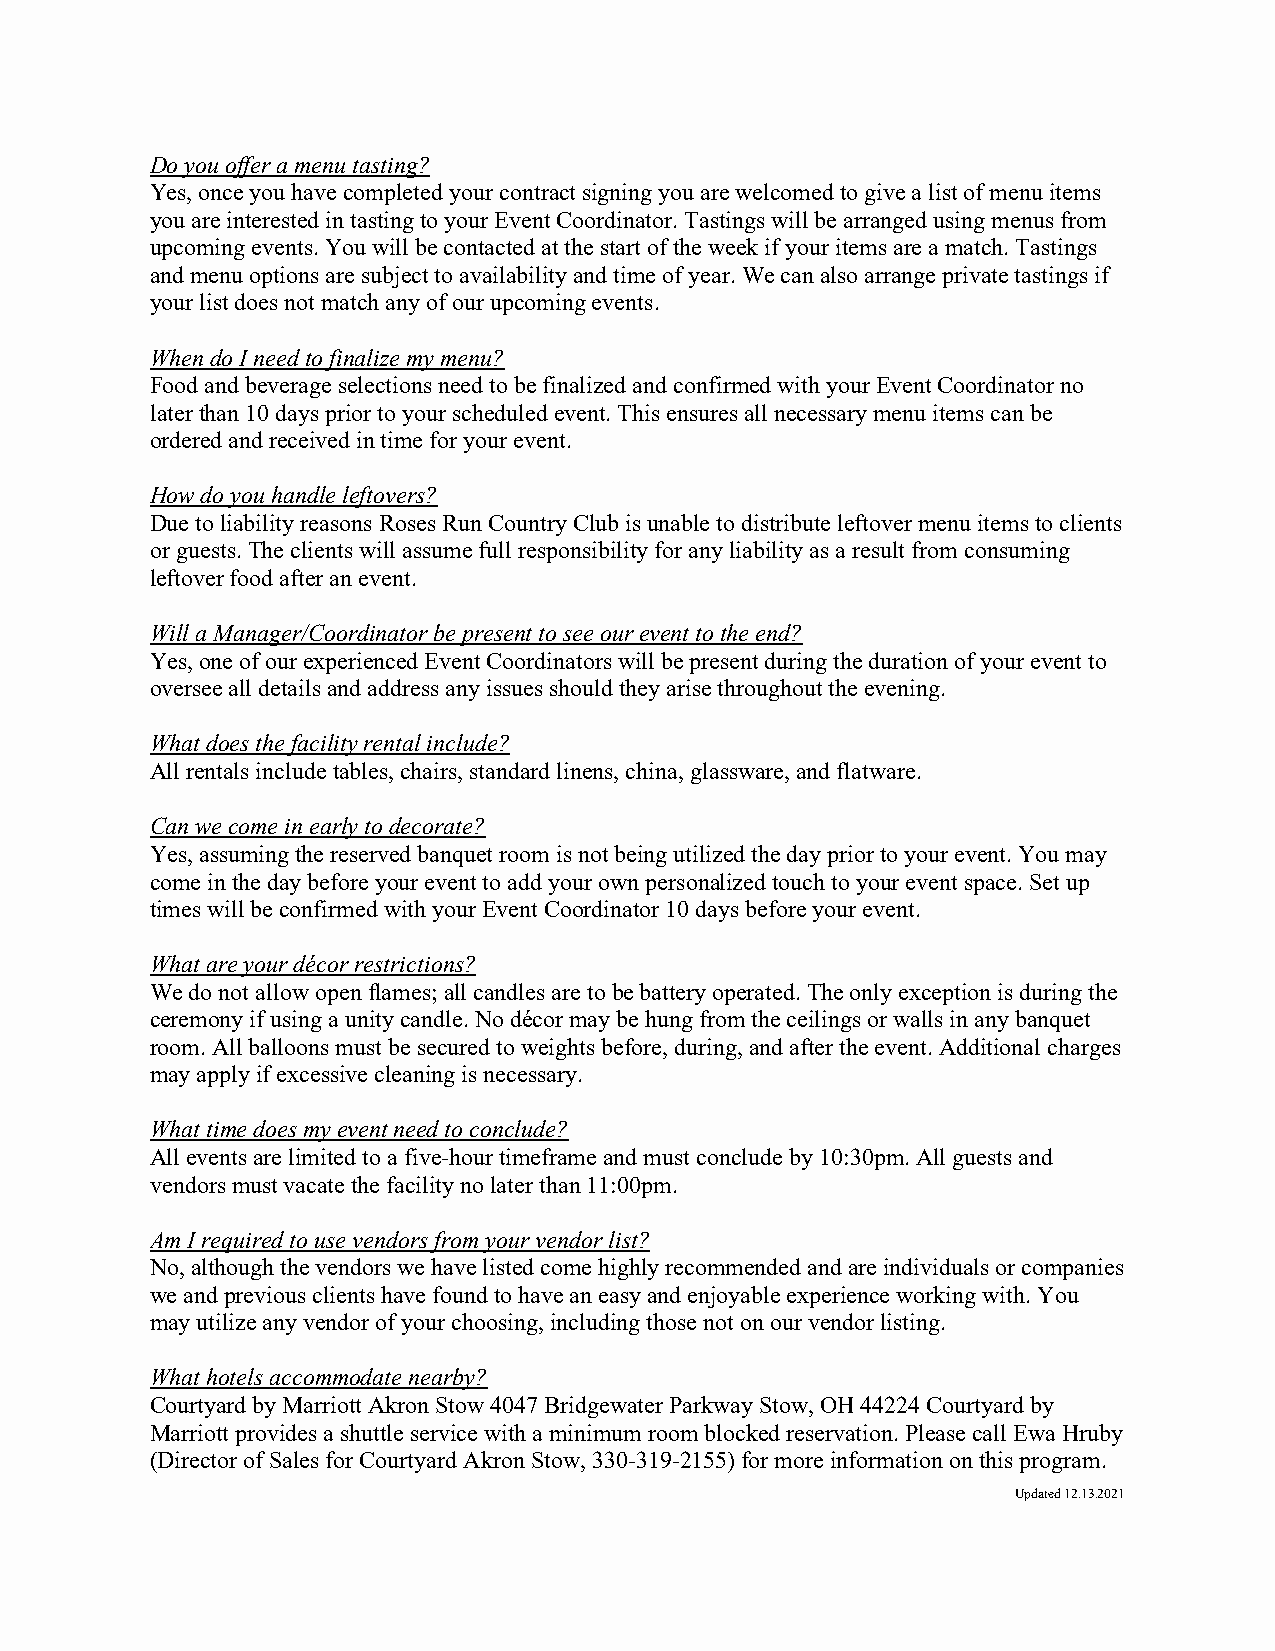
Do you offer a menu tasting?
 Yes, once you have completed your contract signing you are welcomed to give a list of menu items
 you are interested in tasting to your Event Coordinator. Tastings will be arranged using menus from
 upcoming events. You will be contacted at the start of the week if your items are a match. Tastings
 and menu options are subject to availability and time of year. We can also arrange private tastings if
 your list does not match any of our upcoming events.
 When do I need to finalize my menu?
 Food and beverage selections need to be finalized and confirmed with your Event Coordinator no
 later than 10 days prior to your scheduled event. This ensures all necessary menu items can be
 ordered and received in time for your event.
 How do you handle leftovers?
 Due to liability reasons Roses Run Country Club is unable to distribute leftover menu items to clients
 or guests. The clients will assume full responsibility for any liability as a result from consuming
 leftover food after an event.
 Will a Manager/Coordinator be present to see our event to the end?
 Yes, one of our experienced Event Coordinators will be present during the duration of your event to
 oversee all details and address any issues should they arise throughout the evening.
 What does the facility rental include?
 All rentals include tables, chairs, standard linens, china, glassware, and flatware.
 Can we come in early to decorate?
 Yes, assuming the reserved banquet room is not being utilized the day prior to your event. You may
 come in the day before your event to add your own personalized touch to your event space. Set up
 times will be confirmed with your Event Coordinator 10 days before your event.
 What are your décor restrictions?
 We do not allow open flames; all candles are to be battery operated. The only exception is during the
 ceremony if using a unity candle. No décor may be hung from the ceilings or walls in any banquet
 room. All balloons must be secured to weights before, during, and after the event. Additional charges
 may apply if excessive cleaning is necessary.
 What time does my event need to conclude?
 All events are limited to a five-hour timeframe and must conclude by 10:30pm. All guests and
 vendors must vacate the facility no later than 11:00pm.
 Am I required to use vendors from your vendor list?
 No, although the vendors we have listed come highly recommended and are individuals or companies
 we and previous clients have found to have an easy and enjoyable experience working with. You
 may utilize any vendor of your choosing, including those not on our vendor listing.
 What hotels accommodate nearby?
 Courtyard by Marriott Akron Stow 4047 Bridgewater Parkway Stow, OH 44224 Courtyard by
 Marriott provides a shuttle service with a minimum room blocked reservation. Please call Ewa Hruby
 (Director of Sales for Courtyard Akron Stow, 330-319-2155) for more information on this program.
 Updated 12.13.2021